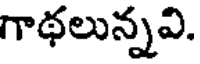
గాథలున్నవి.